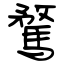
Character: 騖